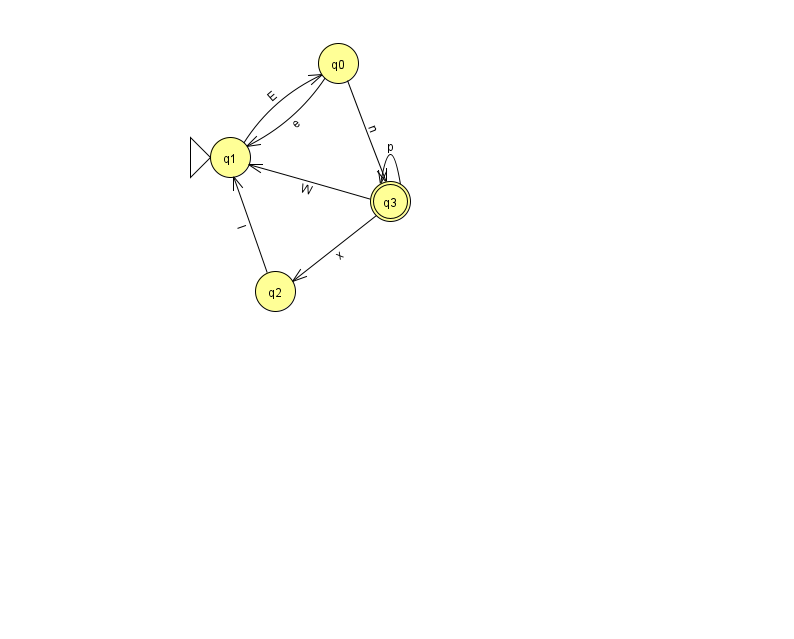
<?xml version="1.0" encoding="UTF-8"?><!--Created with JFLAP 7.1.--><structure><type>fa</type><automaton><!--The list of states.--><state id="0" name="q0"><x>338.0</x><y>50.0</y></state><state id="1" name="q1"><x>230.0</x><y>144.0</y><initial/></state><state id="2" name="q2"><x>275.0</x><y>278.0</y></state><state id="3" name="q3"><x>390.0</x><y>188.0</y><final/></state><!--The list of transitions.--><transition><from>3</from><to>3</to><read>p</read></transition><transition><from>3</from><to>2</to><read>x</read></transition><transition><from>0</from><to>1</to><read>e</read></transition><transition><from>1</from><to>0</to><read>E</read></transition><transition><from>0</from><to>3</to><read>n</read></transition><transition><from>3</from><to>1</to><read>W</read></transition><transition><from>2</from><to>1</to><read>l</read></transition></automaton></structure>